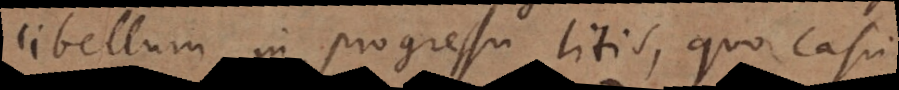
libellum in progressu litis, quo casu